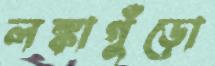
লঙ্কাগুঁড়ো